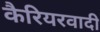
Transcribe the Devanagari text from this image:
कैरियरवादी